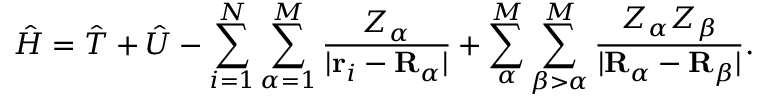
{ \hat { H } } = { \hat { T } } + { \hat { U } } - \sum _ { i = 1 } ^ { N } \sum _ { \alpha = 1 } ^ { M } { \frac { Z _ { \alpha } } { | \mathbf { r } _ { i } - \mathbf { R } _ { \alpha } | } } + \sum _ { \alpha } ^ { M } \sum _ { \beta > \alpha } ^ { M } { \frac { Z _ { \alpha } Z _ { \beta } } { | \mathbf { R } _ { \alpha } - \mathbf { R } _ { \beta } | } } .